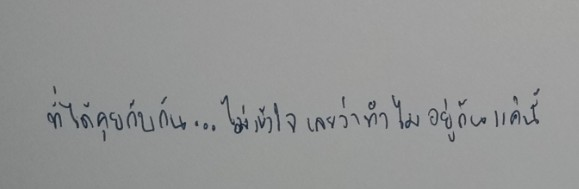
ที่ได้คุยกับกัน...ไม่เข้าใจเลยว่าทำไมอยู่กันแค่นี้